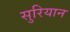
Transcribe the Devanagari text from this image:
सुरियान